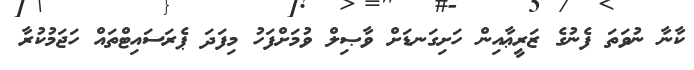
ކާނާ ނުވަތަ ފެނުގެ ޒަރީޢާއިން ހަށިގަނޑަށް ވާޞިލް ވުމަށްފަހު މިފަދަ ޕެރަސައިޓްތައް ހަޖަމުކުރާ